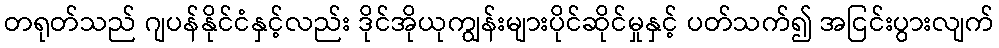
တရုတ်သည် ဂျပန်နိုင်ငံနှင့်လည်း ဒိုင်အိုယုကျွန်းများပိုင်ဆိုင်မှုနှင့် ပတ်သက်၍ အငြင်းပွားလျက်